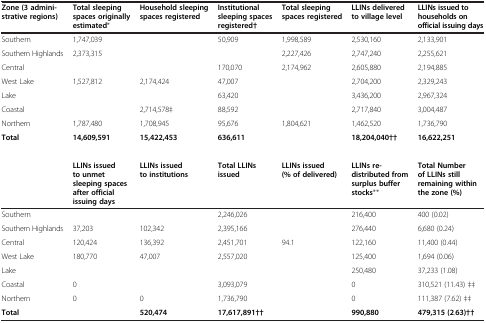
<table><thead><tr><td><b>Zone (3 admini-strative regions)</b></td><td><b>Total sleeping spaces originally estimated*</b></td><td><b>Household sleeping spaces registered</b></td><td><b>Institutional sleeping spaces registered†</b></td><td><b>Total sleeping spaces registered</b></td><td><b>LLINs delivered to village level</b></td><td><b>LLINs issued to households on official issuing days</b></td></tr></thead><tbody><tr><td>Southern</td><td>1,747,039</td><td>[EMPTY_CELL]</td><td>50,909</td><td>1,998,589</td><td>2,530,160</td><td>2,133,901</td></tr><tr><td>Southern Highlands</td><td>2,373,315</td><td>[EMPTY_CELL]</td><td>[EMPTY_CELL]</td><td>2,227,426</td><td>2,747,240</td><td>2,255,621</td></tr><tr><td>Central</td><td>[EMPTY_CELL]</td><td>[EMPTY_CELL]</td><td>170,070</td><td>2,174,962</td><td>2,605,880</td><td>2,194,885</td></tr><tr><td>West Lake</td><td>1,527,812</td><td>2,174,424</td><td>47,007</td><td>[EMPTY_CELL]</td><td>2,704,200</td><td>2,329,243</td></tr><tr><td>Lake</td><td>[EMPTY_CELL]</td><td>[EMPTY_CELL]</td><td>63,420</td><td>[EMPTY_CELL]</td><td>3,436,200</td><td>2,967,324</td></tr><tr><td>Coastal</td><td>[EMPTY_CELL]</td><td>2,714,578‡</td><td>88,592</td><td>[EMPTY_CELL]</td><td>2,717,840</td><td>3,004,487</td></tr><tr><td>Northern</td><td>1,787,480</td><td>1,708,945</td><td>95,676</td><td>1,804,621</td><td>1,462,520</td><td>1,736,790</td></tr><tr><td><b>Total</b></td><td><b>14,</b><b>609,</b><b>591</b></td><td><b>15,</b><b>422,</b><b>453</b></td><td><b>636,</b><b>611</b></td><td>[EMPTY_CELL]</td><td><b>18,</b><b>204,</b><b>040††</b></td><td><b>16,</b><b>622,</b><b>251</b></td></tr><tr><td colspan="7">[EMPTY_CELL]</td></tr><tr><td>[EMPTY_CELL]</td><td><b>LLINs issued to unmet sleeping spaces after official issuing days</b></td><td><b>LLINs issued to institutions</b></td><td><b>Total LLINs issued</b></td><td><b>LLINs issued (% </b><b>of delivered)</b></td><td><b>LLINs re-</b><b>distributed from surplus buffer stocks</b>**</td><td><b>Total Number of LLINs still remaining within the zone (%)</b></td></tr><tr><td>Southern</td><td>[EMPTY_CELL]</td><td>[EMPTY_CELL]</td><td>2,246,026</td><td>[EMPTY_CELL]</td><td>216,400</td><td>400 (0.02)</td></tr><tr><td>Southern Highlands</td><td>37,203</td><td>102,342</td><td>2,395,166</td><td>[EMPTY_CELL]</td><td>276,440</td><td>6,680 (0.24)</td></tr><tr><td>Central</td><td>120,424</td><td>136,392</td><td>2,451,701</td><td>94.1</td><td>122,160</td><td>11,400 (0.44)</td></tr><tr><td>West Lake</td><td>180,770</td><td>47,007</td><td>2,557,020</td><td>[EMPTY_CELL]</td><td>125,400</td><td>1,694 (0.06)</td></tr><tr><td>Lake</td><td>[EMPTY_CELL]</td><td>[EMPTY_CELL]</td><td>[EMPTY_CELL]</td><td>[EMPTY_CELL]</td><td>250,480</td><td>37,233 (1.08)</td></tr><tr><td>Coastal</td><td>0</td><td>[EMPTY_CELL]</td><td>3,093,079</td><td>[EMPTY_CELL]</td><td>0</td><td>310,521 (11.43) ‡‡</td></tr><tr><td>Northern</td><td>0</td><td>0</td><td>1,736,790</td><td>[EMPTY_CELL]</td><td>0</td><td>111,387 (7.62) ‡‡</td></tr><tr><td><b>Total</b></td><td>[EMPTY_CELL]</td><td><b>520,</b><b>474</b></td><td><b>17,</b><b>617,</b><b>891††</b></td><td>[EMPTY_CELL]</td><td><b>990,</b><b>880</b></td><td><b>479,</b><b>315</b><b> (2</b>.<b>63)††</b></td></tr></tbody></table>